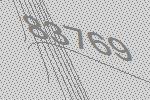
83769